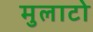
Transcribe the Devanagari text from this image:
मुलाटो